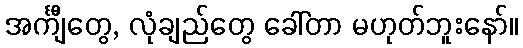
အင်္ကျီတွေ, လုံချည်တွေ ခေါ်တာ မဟုတ်ဘူးနော်။